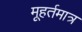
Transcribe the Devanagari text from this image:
मूहर्तमात्र